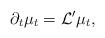
LaTeX: \begin{align*}\partial_t\mu_t=\mathcal L'\mu_t,\end{align*}